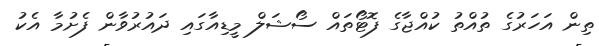
ތިން އަހަރުގެ ތުއްތު ކުއްޖާގެ ފޮޓޯތައް ސޯޝަލް މީޑިއާގައި ދައުރުވާން ފެށުމާ އެކު